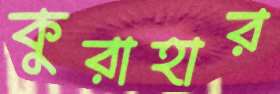
কুরাহার